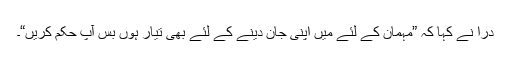
دراؔ نے کہا کہ ”مہمان کے لئے میں اپنی جان دینے کے لئے بھی تیار ہوں بس آپ حکم کریں“۔